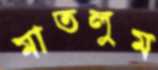
মাতলুম